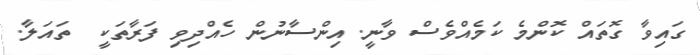
ގައިވާ ގޮތައް ކޮންމެ ކަމެއްވެސް ވާނީ. އިންސާނުން ހެއްދިވި ފަރާތަކީ  ތައަލާ.